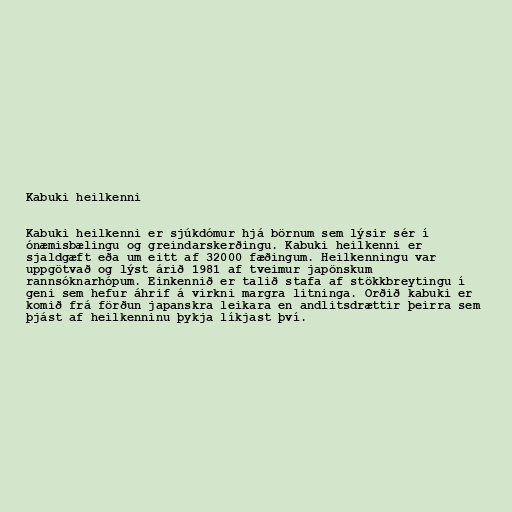
Kabuki heilkenni

Kabuki heilkenni er sjúkdómur hjá börnum sem lýsir sér í
ónæmisbælingu og greindarskerðingu. Kabuki heilkenni er
sjaldgæft eða um eitt af 32000 fæðingum. Heilkenningu var
uppgötvað og lýst árið 1981 af tveimur japönskum
rannsóknarhópum. Einkennið er talið stafa af stökk­breyt­ingu í
geni sem hef­ur áhrif á virkni margra litn­inga. Orðið kabuki er
komið frá förðun japanskra leikara en andlitsdrættir þeirra sem
þjást af heilkenninu þykja líkjast því.